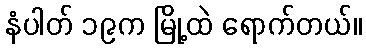
နံပါတ် ၁၉က မြို့ထဲ ရောက်တယ်။